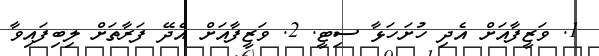
1. ވަޒީފާއަށް އެދި ހުށަހަޅާ ސިޓީ. 2. ވަޒީފާއަށް އެދޭ ފަރާތަށް ލިބިފައިވާ